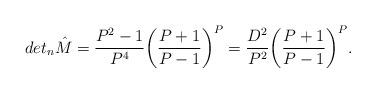
LaTeX: \begin{align*}det_n{\hat M}=\frac{P^2-1}{P^4}\bigg(\frac{P+1}{P-1}\bigg)^P=\frac{D^2}{P^2}\bigg(\frac{P+1}{P-1}\bigg)^P.\end{align*}